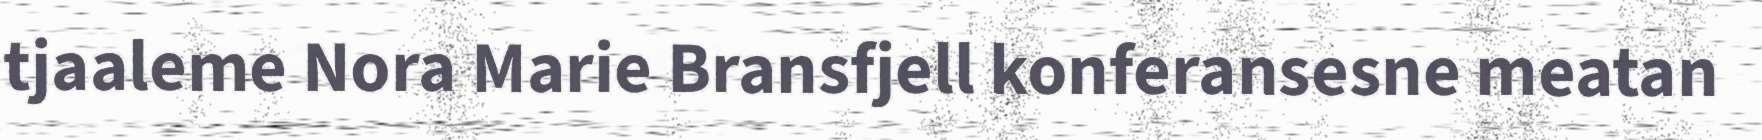
tjaaleme Nora Marie Bransfjell konferansesne meatan